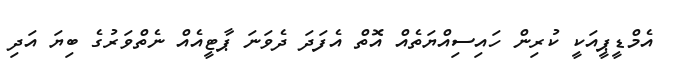
އެމްޑީޕީއަކީ ކުރިން ހައިސިއްޔަތެއް އޮތް އެފަދަ ދެވަނަ ޕާޓީއެއް ނެތްވަރުގެ ބިޔަ އަދި